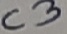
Text: C3